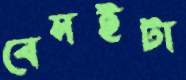
বেসইটা